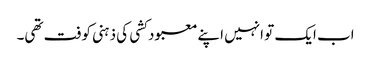
اب ایک تو انہیں اپنے معبود کشی کی ذہنی کوفت تھی۔